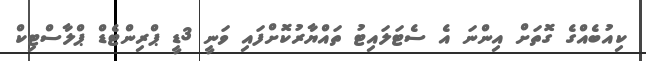
ކިއުބެއްގެ ގޮތަށް އިންނަ އެ ސެޓަލައިޓު ތައްޔާރުކޮށްފައި ވަނީ 3ޑީ ޕްރިންޓެޑް ޕްލާސްޓިކް